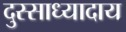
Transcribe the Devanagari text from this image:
दुस्साध्यादाय